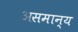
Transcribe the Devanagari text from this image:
असमान्‍य